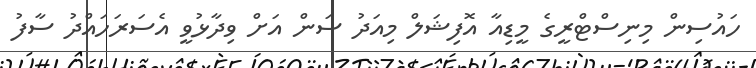
ހައުސިން މިނިސްޓްރީގެ މީޑިއާ އޮފިޝަލް މިއަދު ސަން އަށް ވިދާޅުވީ އެސަރަހައްދު ސާފު